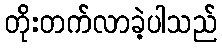
တိုးတက်လာခဲ့ပါသည်